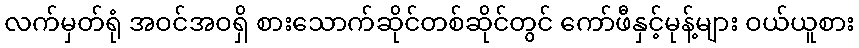
လက်မှတ်ရုံ အဝင်အဝရှိ စားသောက်ဆိုင်တစ်ဆိုင်တွင် ကော်ဖီနှင့်မုန့်များ ဝယ်ယူစား